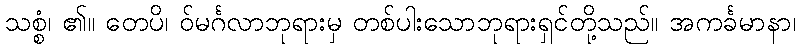
သစ္စံ၊ ၏။ တေပိ၊ ဝ်မင်္ဂလာဘုရားမှ တစ်ပါးသောဘုရားရှင်တို့သည်။ အကင်္ခမာနာ၊